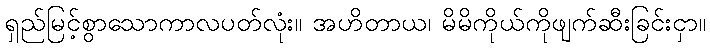
ရှည်မြင့်စွာသောကာလပတ်လုံး။ အဟိတာယ၊ မိမိကိုယ်ကိုဖျက်ဆီးခြင်းငှာ။